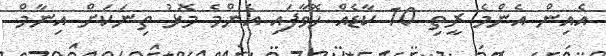
އެއިން އެންމެ ރީތި 10 ކާޑެއް ހޮވާފައި އެންމެ މޮޅު ތިނަކަށް އިނާމް